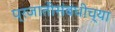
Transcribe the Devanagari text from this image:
प्रजातीसंबंधीच्या